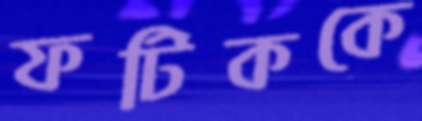
ফটিককে